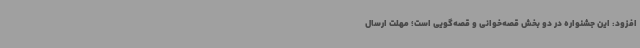
افزود: این جشنواره در دو بخش قصه‌خوانی و قصه‌گویی است؛ مهلت ارسال